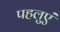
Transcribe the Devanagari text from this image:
पहलुएं